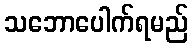
သဘောပေါက်ရမည်